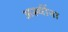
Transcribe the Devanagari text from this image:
अस्थींना